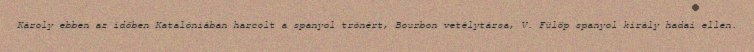
Károly ebben az időben Katalóniában harcolt a spanyol trónért, Bourbon vetélytársa, V. Fülöp spanyol király hadai ellen.